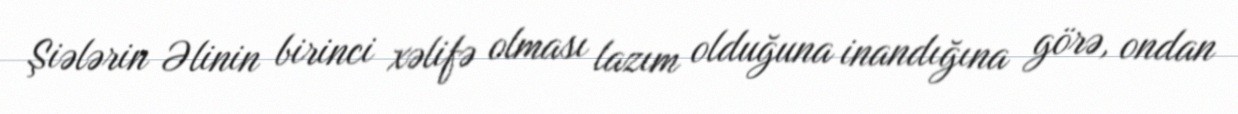
Şiələrin Əlinin birinci xəlifə olması lazım olduğuna inandığına görə, ondan